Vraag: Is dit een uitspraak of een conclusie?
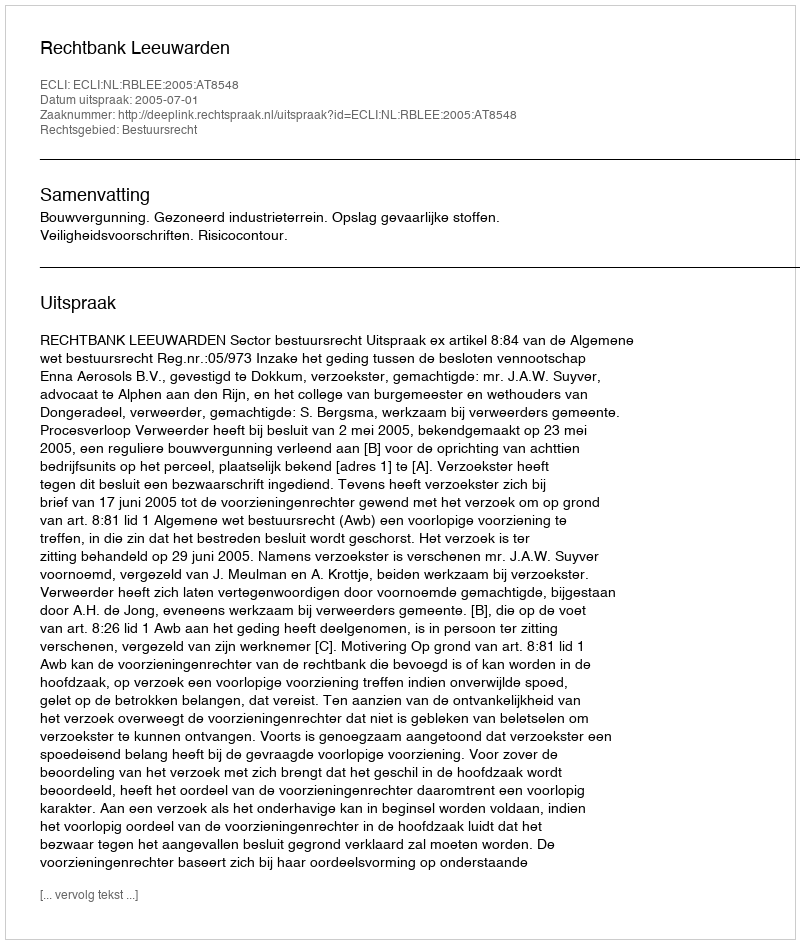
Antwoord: Uitspraak